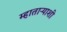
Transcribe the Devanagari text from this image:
म्हाताऱ्याशी